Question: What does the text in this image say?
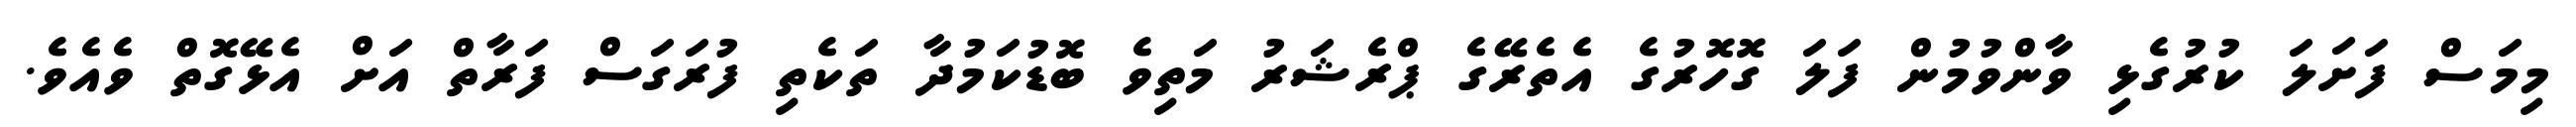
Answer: މިމަސް ފަށަލަ ކުރުގެޅި ވާންވުމުން ފަލަ ގޮހޮރުގެ އެތެރޭގެ ޕްރެޝަރު މަތިވެ ބޮޑުކަމުދާ ތަކެތި ފުރަގަސް ފަރާތް އަށް އެޅޭގޮތް ވެއެވެ.